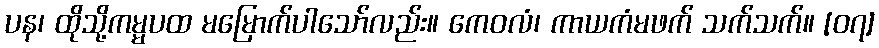
ပန၊ ထိုသို့ကမ္မပထ မမြောက်ပါသော်လည်း။ ကေဝလံ၊ ကာယကံမဖက် သက်သက်။ [၀၇]